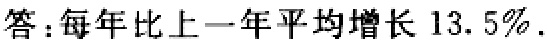
答：每年比上一年平均增长 \(13.5\%\).